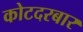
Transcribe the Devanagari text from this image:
कोटदरबार